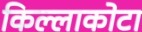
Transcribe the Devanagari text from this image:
किल्लाकोटा